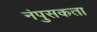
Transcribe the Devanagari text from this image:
नंपुसकता